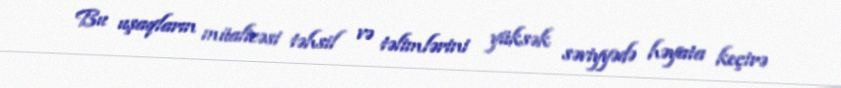
Bu uşaqların müalicəsi təhsil və təlimlərini yüksək səviyyədə həyata keçirə